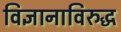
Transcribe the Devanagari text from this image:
विज्ञानाविरुद्ध